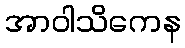
အာဝါသိကေန